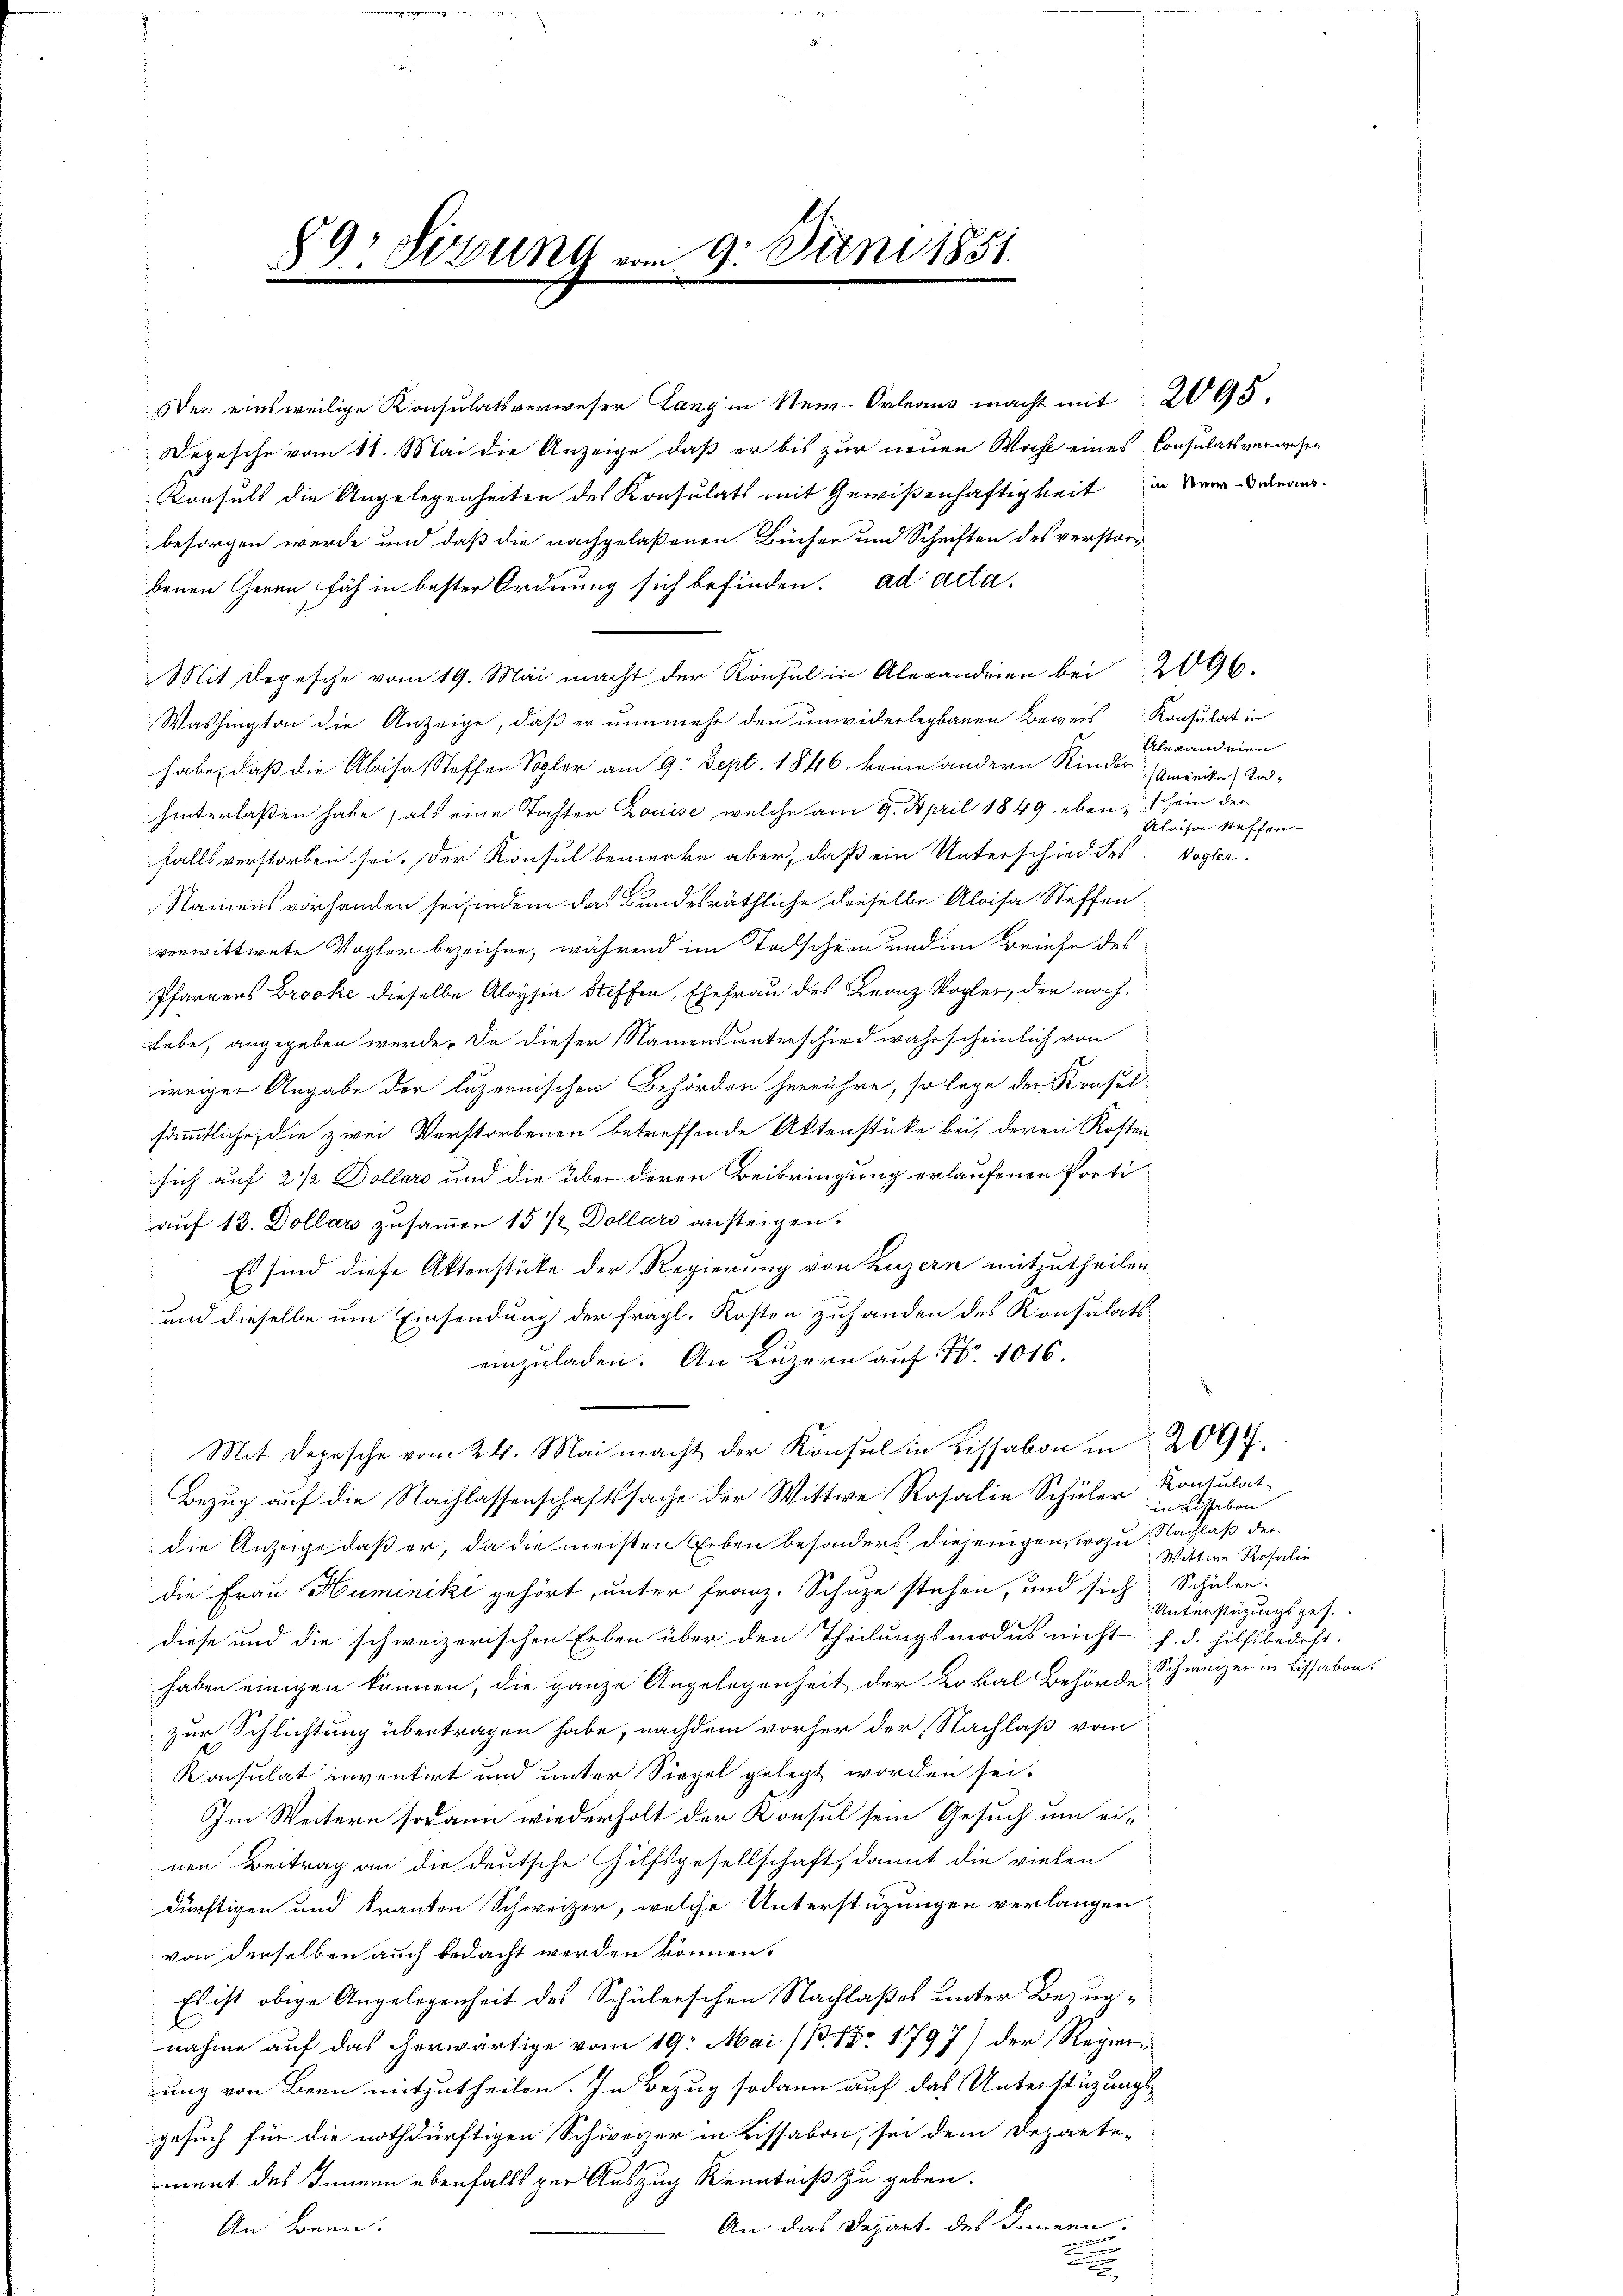
89. Sitzung vom 9. Juni 1851.

Den einsweilige Konsulatsverweser Lang in New-Orleaus macht mit 2095.
Depesche vom 11. Mai die Anzeige, daß er bis zur neuen Wahl eines Consulatsverwesen
Konsuls die Angelegenheiten des Konsulats mit Gewißenhaftigkeit in Ver-Denaus-
besorgen werde und daß die nachgelaßenen Bücher und Schriften des verstorbenen Geren sich in bester Ordnung sich befinden. ad acta.
1
Mit Depesche vom 19. Mai macht der Konsul in Alexandrien bei 2096.
Washington die Anzeige, daß er nunmehr den unwiderlegbauen Beweis Konsulat in
habe, daß die Aloisa, Steffen Sogler am 9. Sept. 1846. keine andern Kinder Amerika, Todhinterlaßen habe, als eine Tochter Louise, welche am 9. April 1849 eben, schein der
falls verstorben sei. Der Konsul bemerke aber, daß ein Unterschied des Vogler-
Namens vorhanden sei, indem das Bundesräthliche dieselbe Aloisa Steffen:
verwittwete Vogler bezeichne, während im Todschein und im Briefe des
Pfarrers Brocke dieselbe Aloysia Steffen, Ehefrau des Leonz Vogler, der nochhabe, angegeben werde. Da dieser Namens unterschied wahrscheinlich von
irriger Angabe der luzernischen Behörden herrühre, so lege der Konselsämmtliche, die zwei Verstorbenen betreffende Aktenstücke bei, deren Kosten
sich auf 2 1/2 Dollars und die über deren Beibringung erlaufenen Portiauf 13. Dollars zusammen 15 1/2 Dollars ansteigen.
 Es sind diese Aktenstücke der Regierung von Luzern mitzutheilen.
und dieselbe um Einsendung der fragl. Kosten zuhanden des Konsulats¬
8
einzuladen. An Luzern auf Nr. 1016.
Mit Depesche vom 24. Mai macht der Konsul in Lissabon in 2097.
Bezug auf die Nachlassenschaftssache der Wittwe Rosalie Schüler
die Anzeige daß er, da die meisten Erben besonders diejenigen, wozu Nachlaß der
die Frau Huminiki gehört, unter Franz. Schuze stehen, und sich Schüler-
diese und die schweizerischen Erben über den Theilungsmodus nicht s. d. hilfsbedest.
haben einigen können, die ganze Angelegenheit der Lokal Behörde Schweizer in Lissabon,
zur Schlichtung übertragen habe, nachdem vorher der Nachlaß vom
Konsulat inventirt und unter Siegel gelegt worden sei.
Im Weitern sodann wiederholt der Konsul sein Gesuch um ei-
nen Beitrag an die deutsche Hilfsgesellschaft, damit die vielen
dürftigen und trauten Schweizer, welche Unterstützungen verlangen
von derselben auch bedacht werden können.
Es ist obige Angelegenheit des Schülerschen Nachlaßes unter Bezugnahme auf das herwärtige vom 19. Mai (B. 1797) der Regierung von Bern mitzutheilen. In Bezug sodann auf das Unterstüzungsgesuch für die nothdürftigen Schweizer in Lissabon, sei dem Departe-
ment des Innern ebenfalls per Auszug Kenntniß zu geben.
An das Depart. des Innern.
An Bern.
.
.

Alexanden
Aloisa Steffen

Konsulat
in Lissabon
Wittwe Rosalie
Unterstüzungsges.